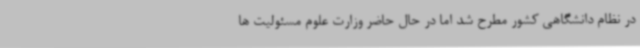
در نظام دانشگاهی کشور مطرح شد اما در حال حاضر وزارت علوم مسئولیت ها